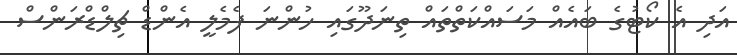
އަދި އެ ކޯޓުގެ ބައެއް މަސައްކަތްތައް ތިނަދޫގައި ހުންނަ ފެމެލީ އެންޑް ޗިލްޑްރަންސް